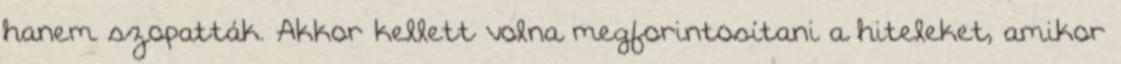
hanem szopatták. Akkor kellett volna megforintosítani a hiteleket, amikor